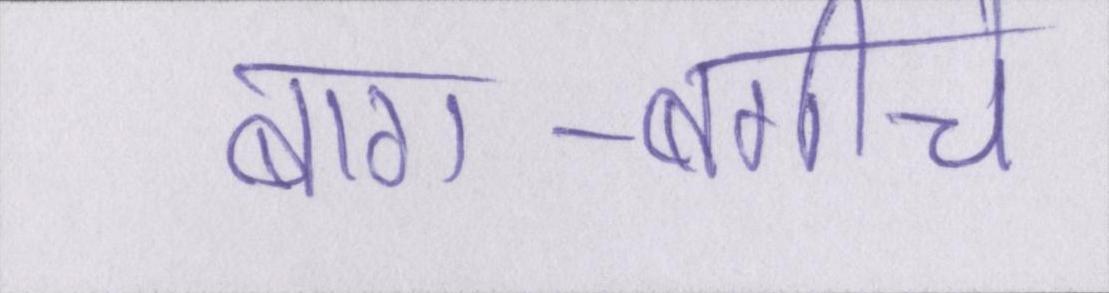
बाग-बगीचे